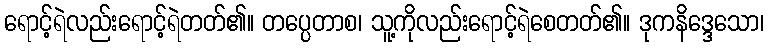
ရောင့်ရဲလည်းရောင့်ရဲတတ်၏။ တပ္ပေတာစ၊ သူ့ကိုလည်းရောင့်ရဲစေတတ်၏။ ဒုကနိဒ္ဒေသော၊